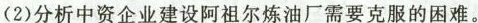
(2)分析中资企业建设阿祖尔炼油厂需要克服的困难。